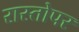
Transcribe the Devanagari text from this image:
रास्तोपर